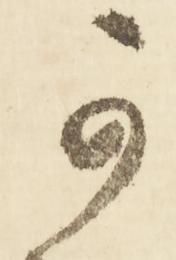
可